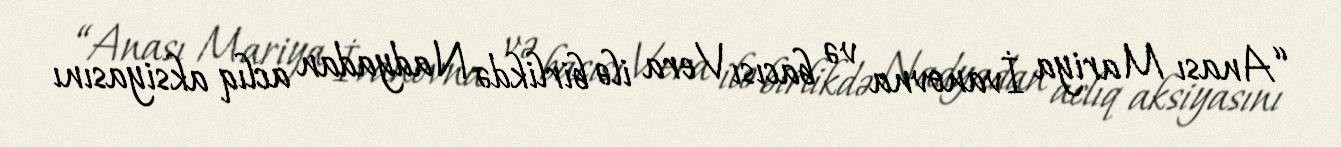
“Anası Mariya İvanovna və bacısı Vera ilə birlikdə Nadyadan aclıq aksiyasını